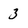
Character: 3